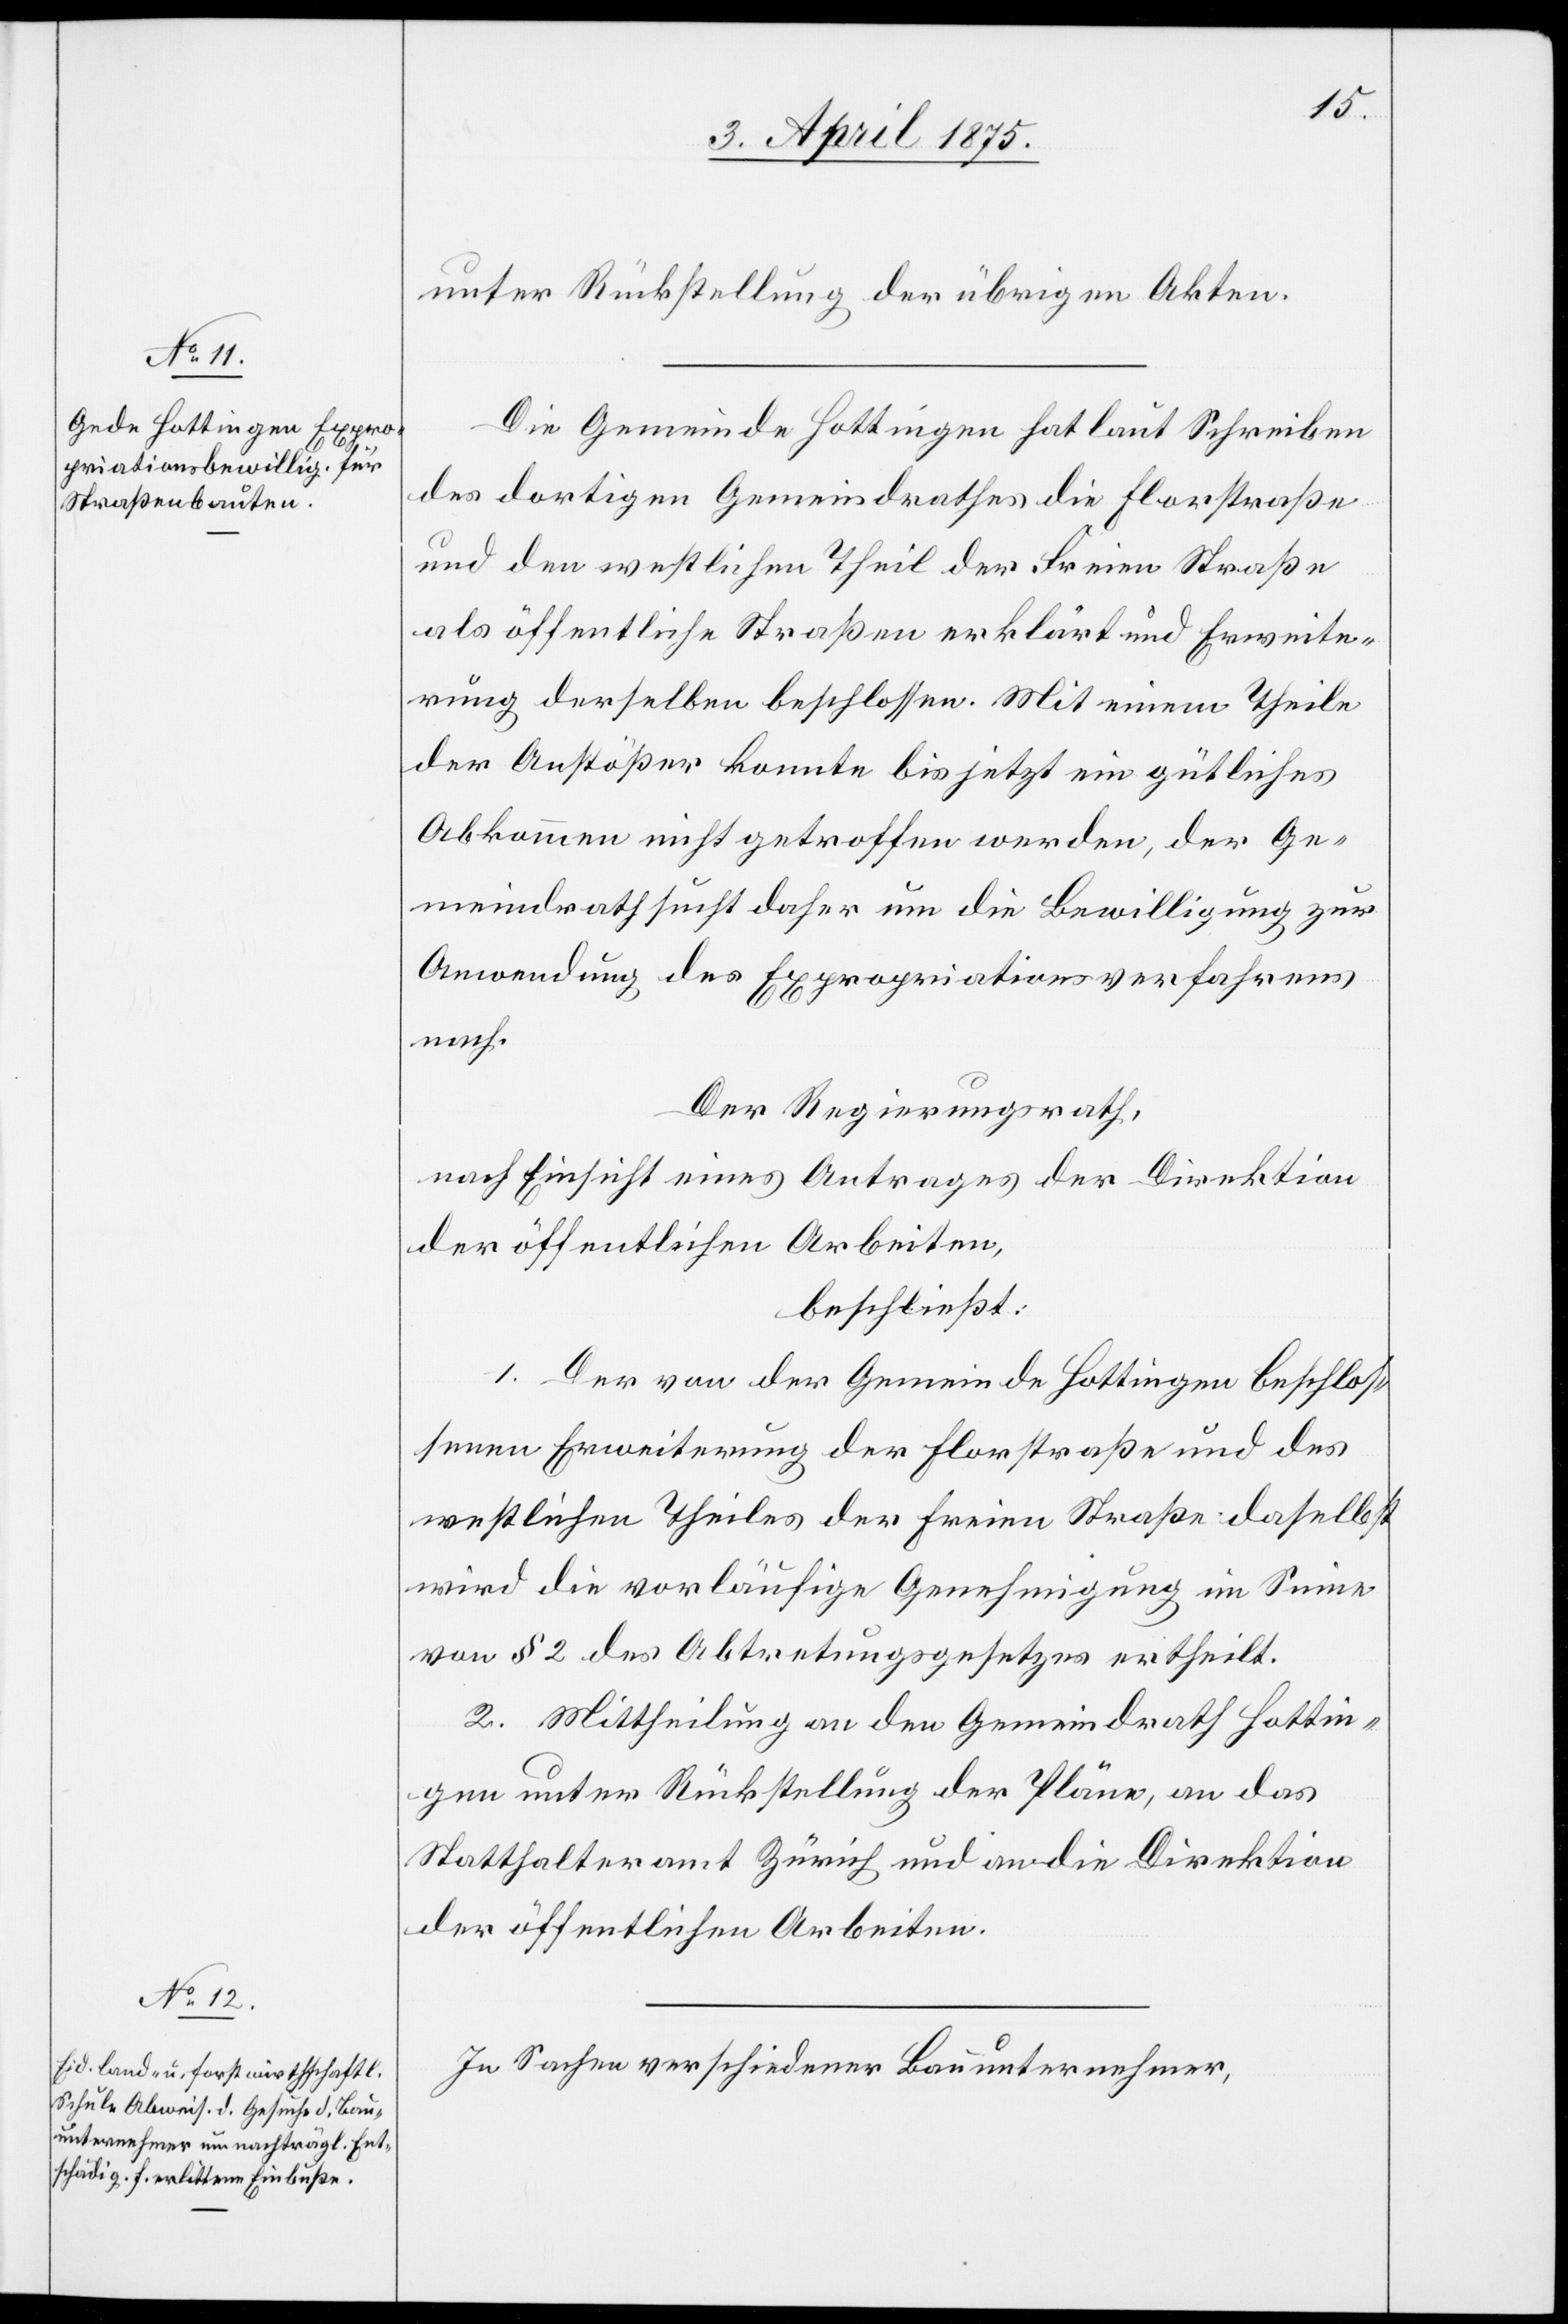
unter Rückstellung der übrigen Akten.
Die Gemeinde Hottingen hat laut Schreiben
des dortigen Gemeindrathes die Florstraße
und den westlichen Theil der Freien Straße
als öffentliche Straßen erklärt und Erweite¬
rung derselben beschlossen. Mit seinem Theile
der Anstößer konnte bis jetzt ein gütliches
Abkommen nicht getroffen werden, der Ge¬
meindrath sucht daher um die Bewilligung zur
Anwendung des Expropriationsverfahrens
nach.
Der Regierungsrath,
nach Einsicht eines Antrages der Direktion
der öffentlichen Arbeiten,
beschließt:
1. Der von der Gemeinde Hottingen beschlos¬
senen Erweiterung der Florstraße und des
westlichen Theiles der Freien Straße daselbst
wird die vorläufige Genehmigung im Sinne
von § 2 des Abtretungsgesetzes ertheilt.
2. Mittheilung an den Gemeindrath Hottin¬
gen unter Rückstellung der Pläne, an das
Statthalteramt Zürich und an die Direktion
der öffentlichen Arbeiten.
In Sachen verschiedener Bauunternehmer,